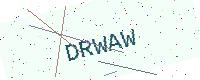
Text: DRWAW